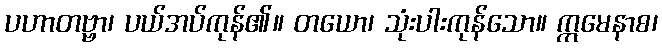
ပဟာတဗ္ဗာ၊ ပယ်အပ်ကုန်၏။ တယော၊ သုံးပါးကုန်သော။ ဣမေနာစ၊